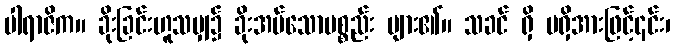
ပါရာဇိက။ ခိုးခြင်းဟူသမျှ၌ ခိုးအပ်သောပစ္စည်း များ၏။ သခင် ရှိ မရှိအားဖြင့်၎င်း၊